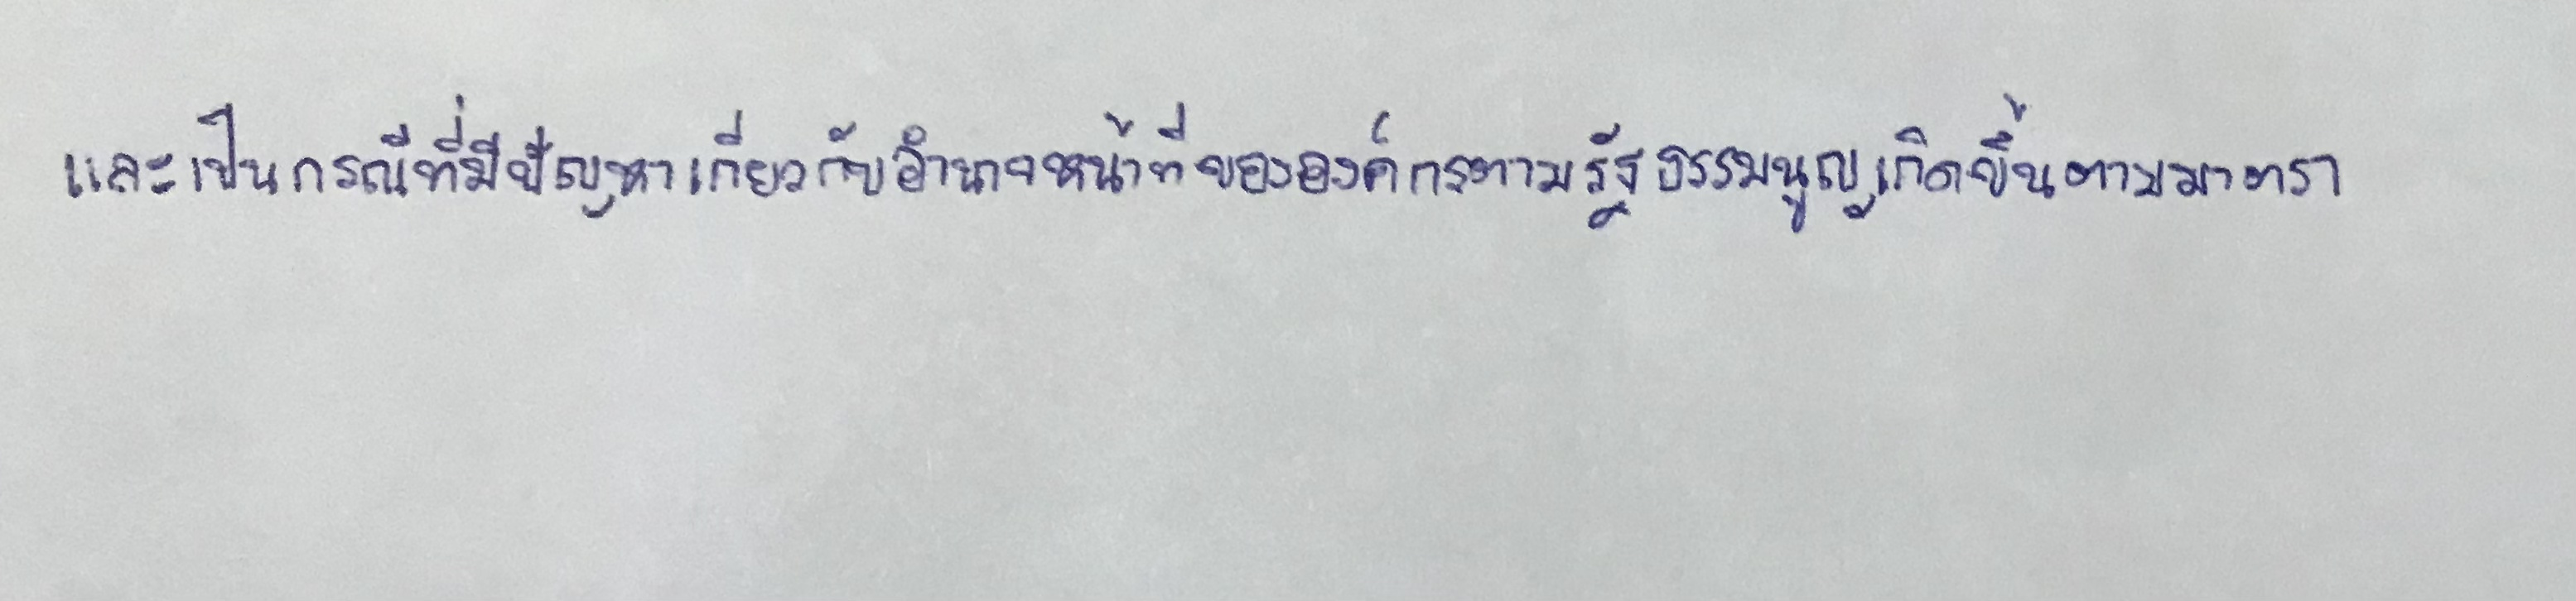
และเป็นกรณีที่มีปัญหาเกี่ยวกับอำนาจหน้าที่ขององค์กรตามรัฐธรรมนูญเกิดขึ้นตามมาตรา